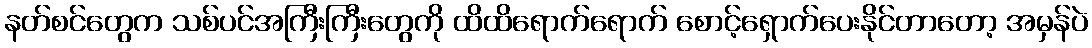
နတ်စင်တွေက သစ်ပင်အကြီးကြီးတွေကို ထိထိရောက်ရောက် စောင့်ရှောက်ပေးနိုင်တာတော့ အမှန်ပဲ